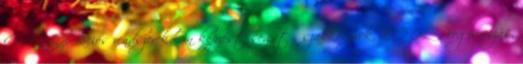
CAD Operációs rendszerek Ön képzést segítő szakkönyvek, ECDL Programozás,